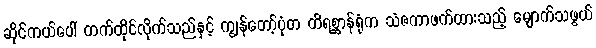
ဆိုင်ကယ်ပေါ် တက်ထိုင်လိုက်သည်နှင့် ကျွန်တော့်ပုံတ တိရစ္ဆာန်ရုံက သံဇကာဖက်ထားသည့် မျောက်သဖွယ်